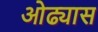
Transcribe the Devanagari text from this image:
ओढ्यास